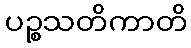
ပဉ္စသတိကာတိ